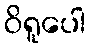
ဝိရူပေါ